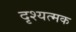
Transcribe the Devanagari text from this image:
दृश्यत्मक